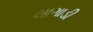
લાગાડી